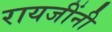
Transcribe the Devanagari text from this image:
रायजींनी